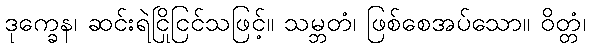
ဒုက္ခေန၊ ဆင်းရဲငြိုငြင်သဖြင့်။ သမ္ဘတံ၊ ဖြစ်စေအပ်သော။ ဝိတ္တံ၊